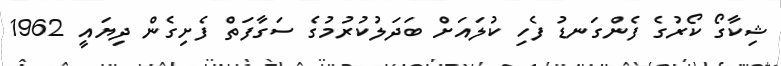
ޝިކާގޯ ކޯރުގެ ފެންގަނޑު ފެހި ކުލައަށް ބަދަލުކުރުމުގެ ސަގާފަތް ފެށިގެން ދިޔައީ 1962